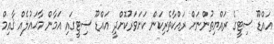
އައްޑޫ ސިޓީގެ ރައްޔިތުންނަށް ރައްކާތެރިކަން ކަށަވަރުކޮށްދީ އައްޑޫ ސިޓީގައި އަމާން މާޙައުލެއް ޤާއިމް